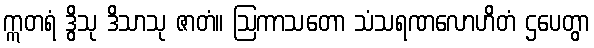
ဣတရံ ဒွိသု ဒိသာသု ဇာတံ။ ဩကာသတော သံသရဏလောဟိတံ ဌပေတွာ